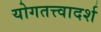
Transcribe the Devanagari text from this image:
योगतत्त्वादर्श